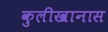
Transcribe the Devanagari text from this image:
कुलीखानास